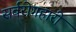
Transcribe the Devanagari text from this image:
सर्वरोगहारी